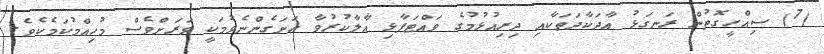
(7) ސިއްހީގޮތުން ރަނގަޅު އާދަކާދަތަކާއި ދިރިއުޅުމުގެ ވައްޓަފާޅި އާލާކުރުވާ އަށަގެންނެވުމަކީ ވަރަށްވެސް މުހިއްމުކަމެކެވެ.